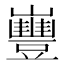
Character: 𡾿